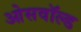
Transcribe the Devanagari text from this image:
ओसवॉल्ड